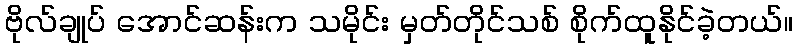
ဗိုလ်ချုပ် အောင်ဆန်းက သမိုင်း မှတ်တိုင်သစ် စိုက်ထူနိုင်ခဲ့တယ်။